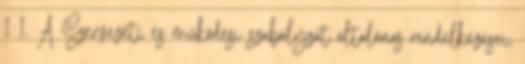
1 1. A Szervezeti és működési szabályzat általános rendelkezései,